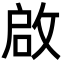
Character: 啟